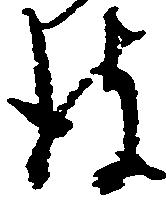
彼